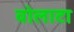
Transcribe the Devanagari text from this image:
वोलाटा